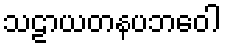
သဠာယတနပဘဝေါ